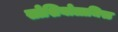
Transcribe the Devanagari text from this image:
सोशियोलाजिस्ट